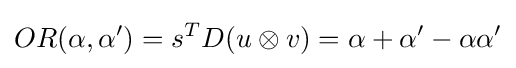
OR(\alpha ,\alpha ')=s^{T}D(u\otimes v)=\alpha +\alpha '-\alpha \alpha '